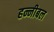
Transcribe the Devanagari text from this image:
हन्नीबल